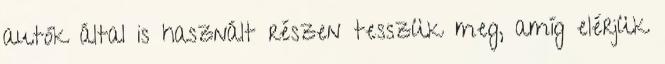
autók által is használt részen tesszük meg, amíg elérjük